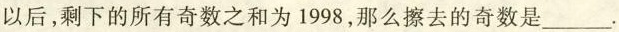
以后，剩下的所有奇数之和为1998，那么擦去的奇数是___。